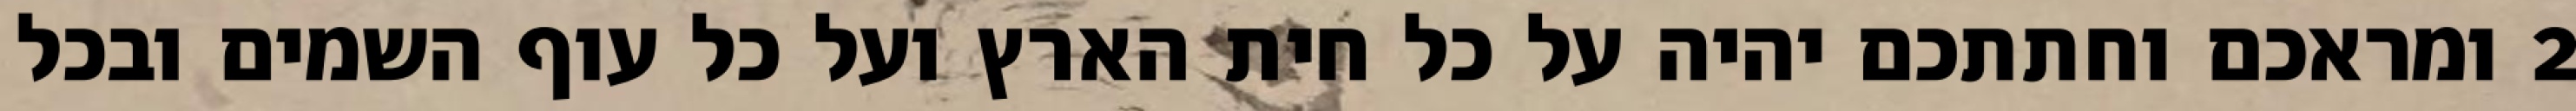
‎2‏ ומראכם וחתתכם יהיה על כל חית הארץ ועל כל עוף השמים ובכל